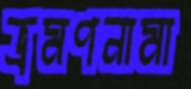
ভ্রমণনামা